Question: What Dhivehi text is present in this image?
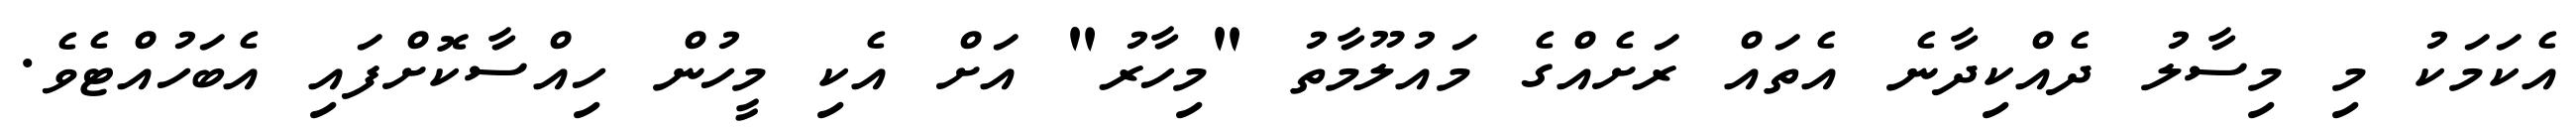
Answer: އެކަމަކު މި މިސާލު ދެއްކިދާނެ އެތައް ރަށެއްގެ މައުލޫމާތު "މިހާރު" އަށް އެކި މީހުން ހިއްސާކޮށްފައި އެބަހުއްޓެވެ.